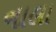
નાલા